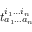
t _ { a _ { 1 } \ldots a _ { n } } ^ { i _ { 1 } \ldots i _ { n } }